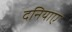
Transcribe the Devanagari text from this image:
दनियाए